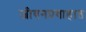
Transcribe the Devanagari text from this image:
जीवनप्रवाहात